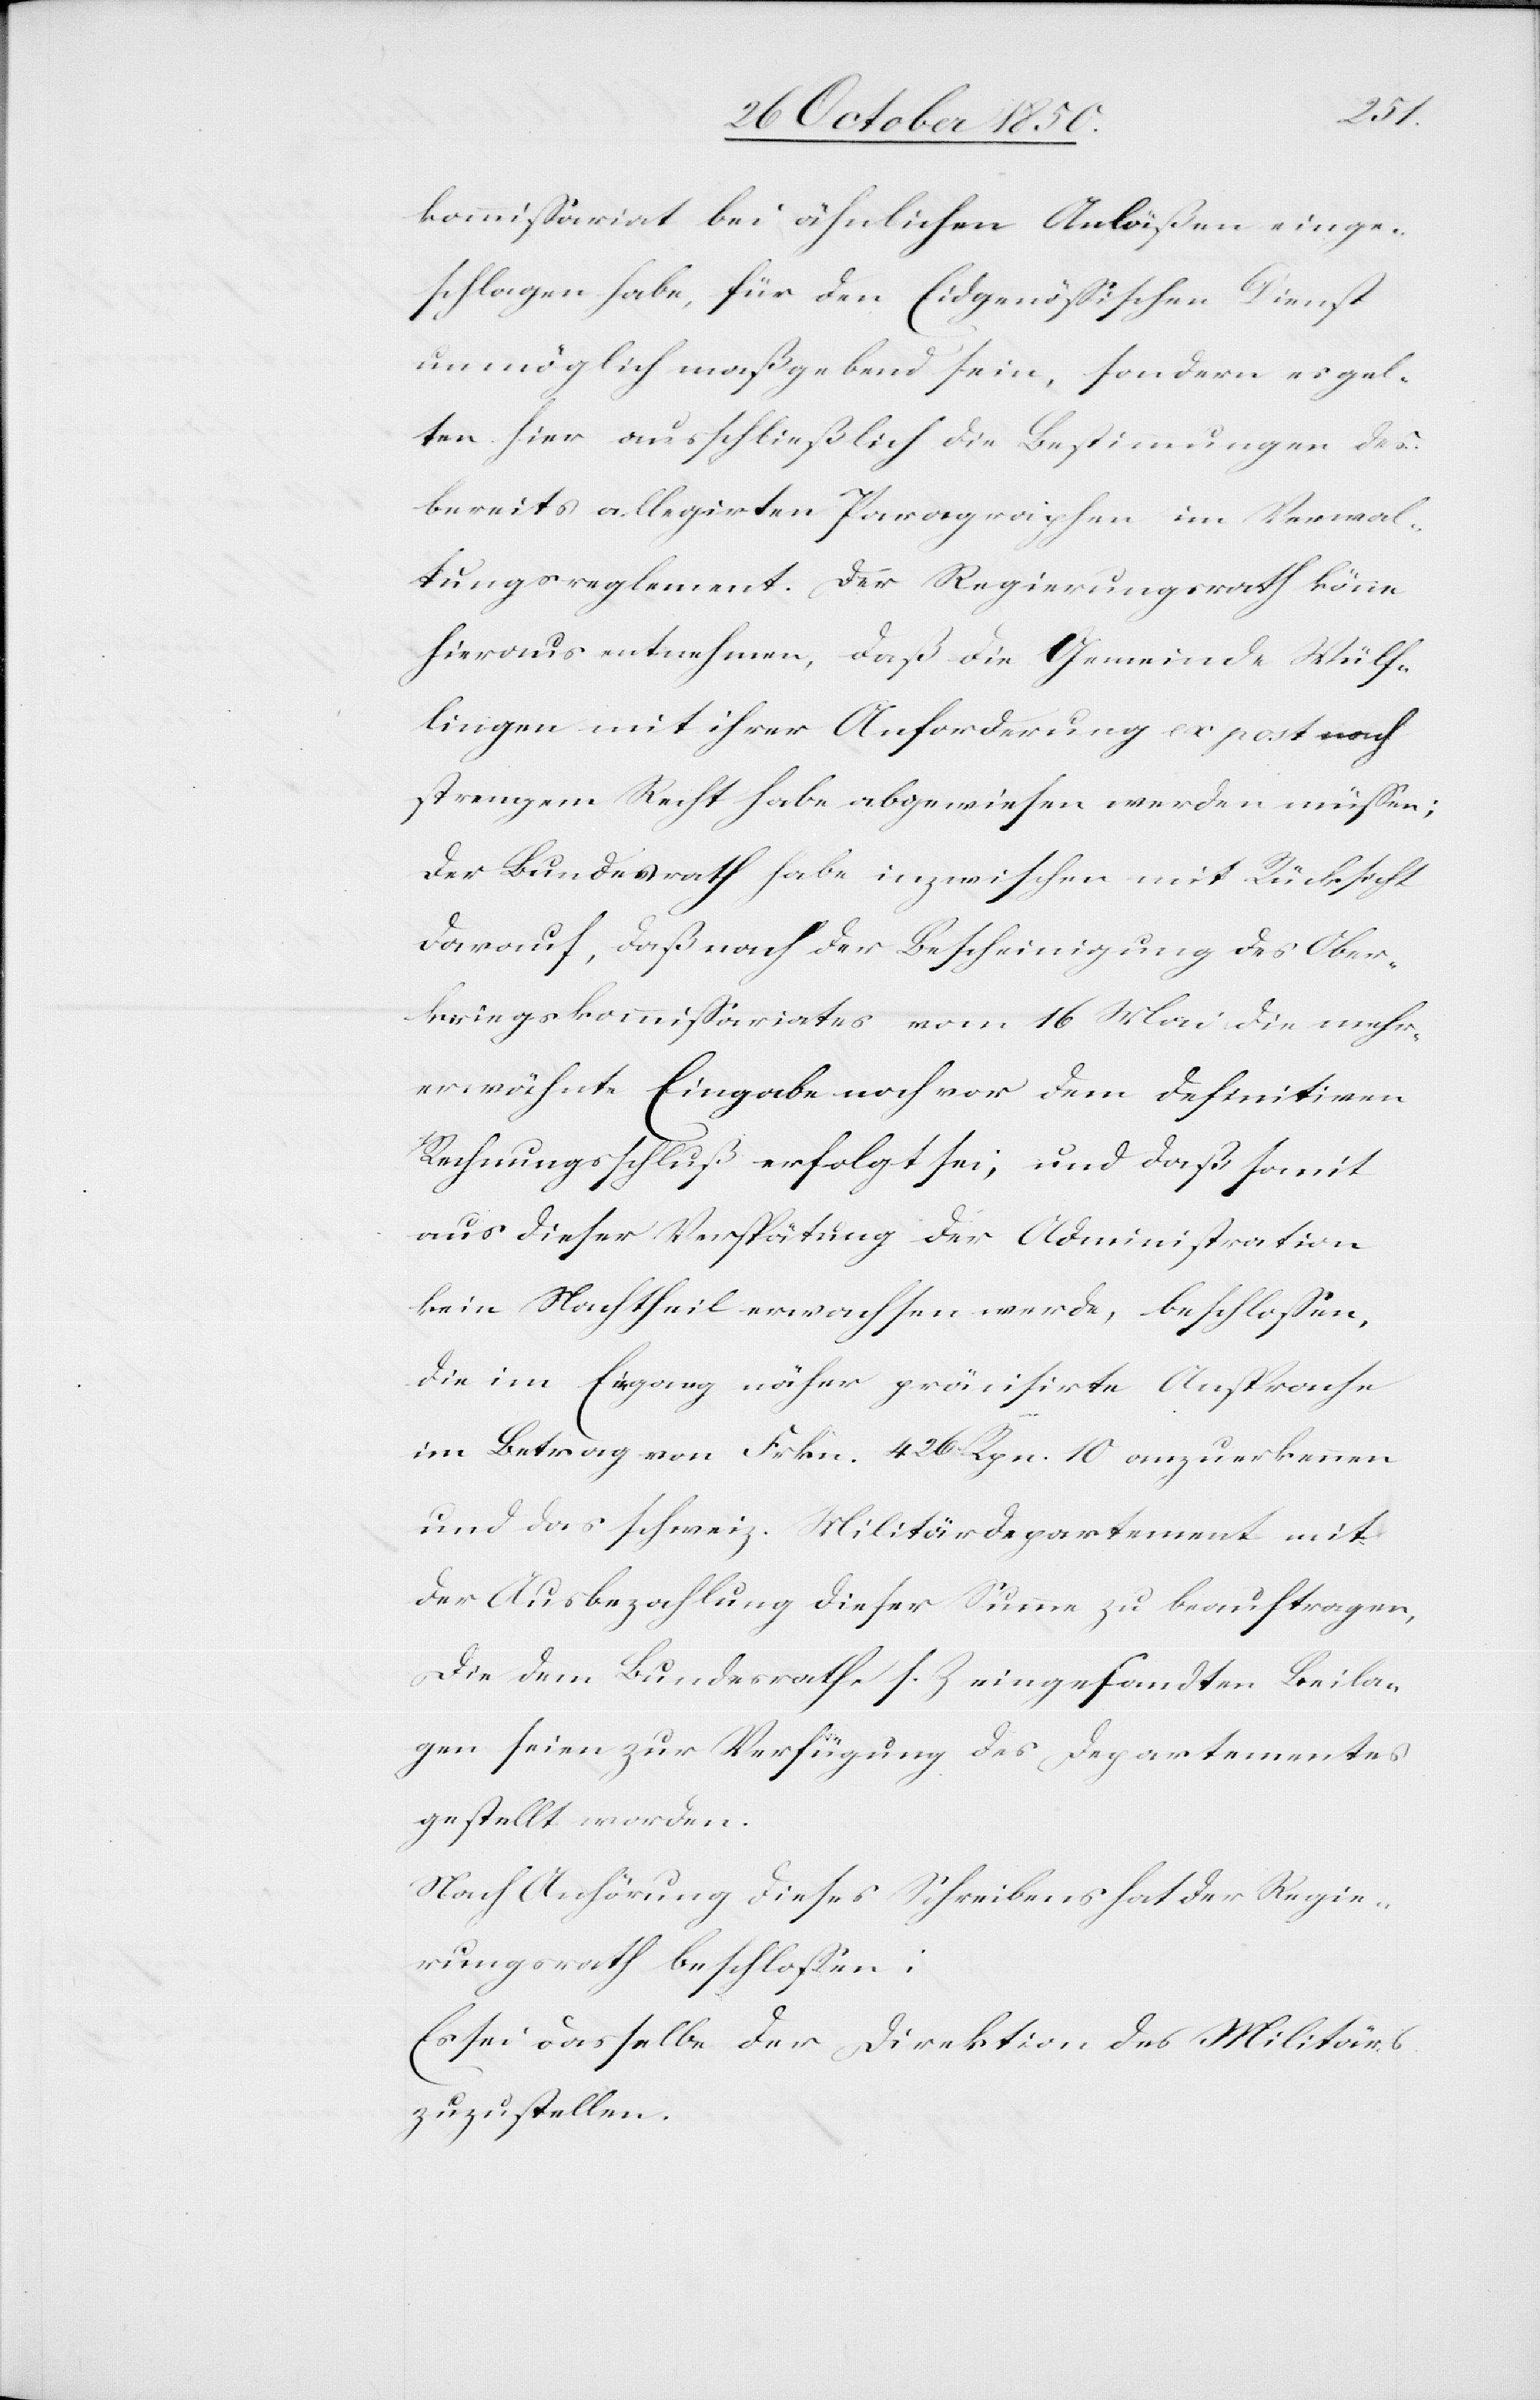
kommissariat bei ähnlichen Anläßen einge¬
schlagen habe, für den Eidgenössischen Dienst
unmöglich maßgebend sein, sondern es gel¬
ten hier ausschließlich die Bestimmungen des
bereits allegirten Paragraphen im Verwal¬
tungsreglement. Der Regierungsrath könne
hieraus entnehmen, daß die Gemeinde Wülf¬
lingen mit ihrer Anforderung ex post nach
strengem Recht habe abgewiesen werden müssen;
der Bundesrath habe inzwischen mit Rücksicht
darauf, daß nach der Bescheinigung des Ober¬
kriegskommissariates vom 16 Mai die mehr¬
erwähnte Eingabe noch vor dem definitiven
Rechnungsschluß erfolgt sei, und daß somit
aus dieser Verspätung der Administration
kein Nachtheil erwachsen werde, beschlossen,
die im Eingang näher präcisirte Ansprache
im Betrag von Frkn. 426 Rpn. 10 anzuerkennen
und das schweiz. Militärdepartement mit
der Ausbezahlung dieser Summe zu beauftragen,
Die dem Bundesrath s. Z eingesandten Beila¬
gen seien zur Verfügung des Departementes
gestellt worden.
Nach Anhörung dieses Schreibens hat der Regie¬
rungsrath beschlossen:
Es sei dasselbe der Direktion des Militärs
zuzustellen.